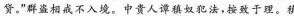
贷。”群盗相戒不入境。中贵人谭稹奴犯法，按致于理。稹